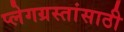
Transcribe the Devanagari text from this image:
प्लेगग्रस्तांसाठी